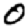
Digit: 0